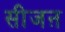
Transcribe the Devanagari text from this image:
सीजऩ